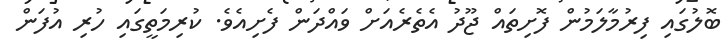
ބޮލުގައި ފިރުމާލަމުން ފޮށިތައް ޖޫދު އެތެރެއަށް ވައްދަން ފެށިއެވެ. ކުރިމަތީގައި ހުރި އުފަން